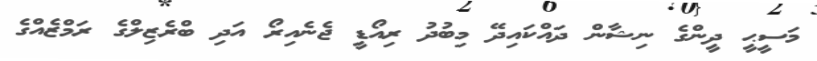
މަސީޙީ ދީންގެ ނިޝާން ދައްކައިދޭ މިބުދު ރިއޯޑީ ޖެނެއިރޯ އަދި ބްރެޒިލްގެ ރަމްޒެއްގެ